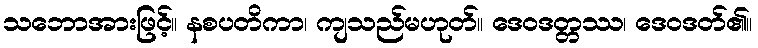
သဘောအားဖြင့်။ နစပတိကာ၊ ကျသည်မဟုတ်။ ဒေဝဒတ္တဿ၊ ဒေဝဒတ်၏။